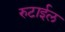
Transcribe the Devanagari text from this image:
रुटाईल